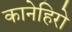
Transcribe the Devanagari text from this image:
कानेहिरो